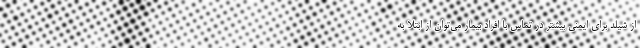
از شیلد برای ایمنی بیشتر در تماس با افراد بیمار می‌توان از ابتلا به